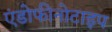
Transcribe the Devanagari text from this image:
एंडोफीनोटाइप